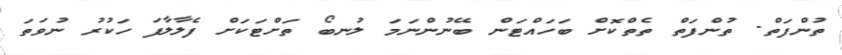
ތުންފަތް. ތުންފަތް ތެތްކޮށް ބަހައްޓަން ބޭނުންނަމަ ލުނބޯ ތަށްޓަކަށް ފެލާލާފަ ހަކުރު ނުވަތަ